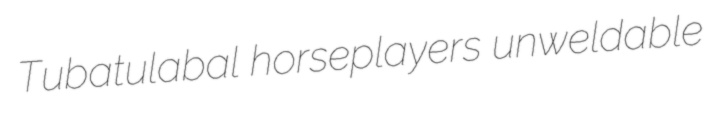
Tubatulabal horseplayers unweldable